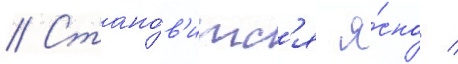
// Стано́в'итс'я я́сно /